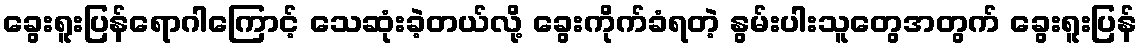
ခွေးရူးပြန်ရောဂါကြောင့် သေဆုံးခဲ့တယ်လို့ ခွေးကိုက်ခံရတဲ့ နွမ်းပါးသူတွေအတွက် ခွေးရူးပြန်